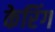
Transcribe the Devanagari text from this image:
केरिंग